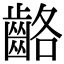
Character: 𪘊